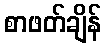
စာဖတ်ချိန်